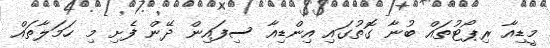
މީޑިއާ ރިޕޯޓުތައް ބުނާ ގޮތުގައި އިންޑިއާ ސިފައިން ދޭން ފެށި މި ހަމަލާތައް